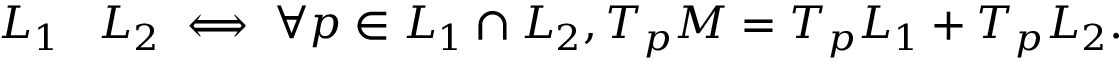
L _ { 1 } \pitchfork L _ { 2 } \iff \forall p \in L _ { 1 } \cap L _ { 2 } , T _ { p } M = T _ { p } L _ { 1 } + T _ { p } L _ { 2 } .